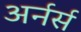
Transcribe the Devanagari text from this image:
अर्नर्स